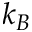
k _ { B }